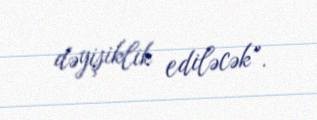
dəyişiklik ediləcək”.